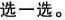
选一选。